Document type: Sale
Year: 1461
Scribe: [Unknown]
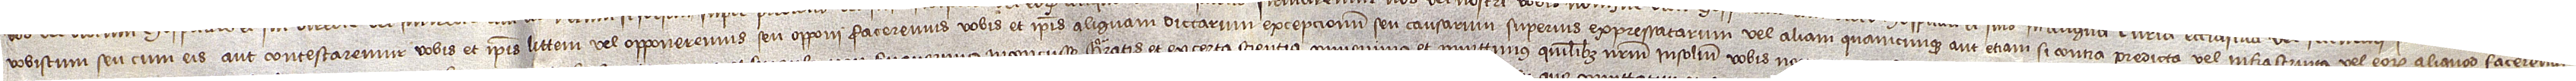
vobiscum seu cum eis aut contestaremur vobis et ipsis littem vel opponeremus seu opponi faceremus vobis et ipsis aliquam dictarum excepcionum seu causarum superius expressatarum vel aliam quamcunque, aut etiam si contra predicta vel infrascripta vel eorum aliquod faceremus